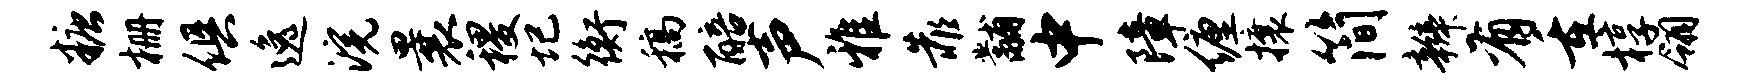
糖栅俱逸浣曩稷圮衡稿醅声雅靠黼中障缠攘简辫有重椁翎